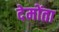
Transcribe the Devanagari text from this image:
देमोंता